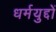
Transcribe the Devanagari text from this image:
धर्मयुद्दों